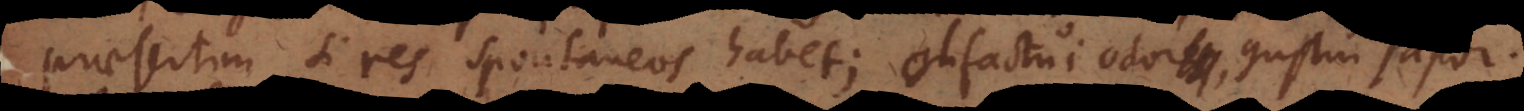
praesertim si res spontaneos habet; olfactui odor, gustui sapo